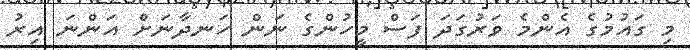
މި ގައުމުގެ އެންމެ ވަރުގަދަ ފަސް މީހުންގެ ނަން ހަނދާނަށް އަންނަ އިރު